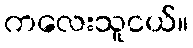
ကလေးသူငယ်။